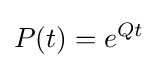
P(t)=e^{Qt}